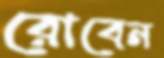
রোবেন